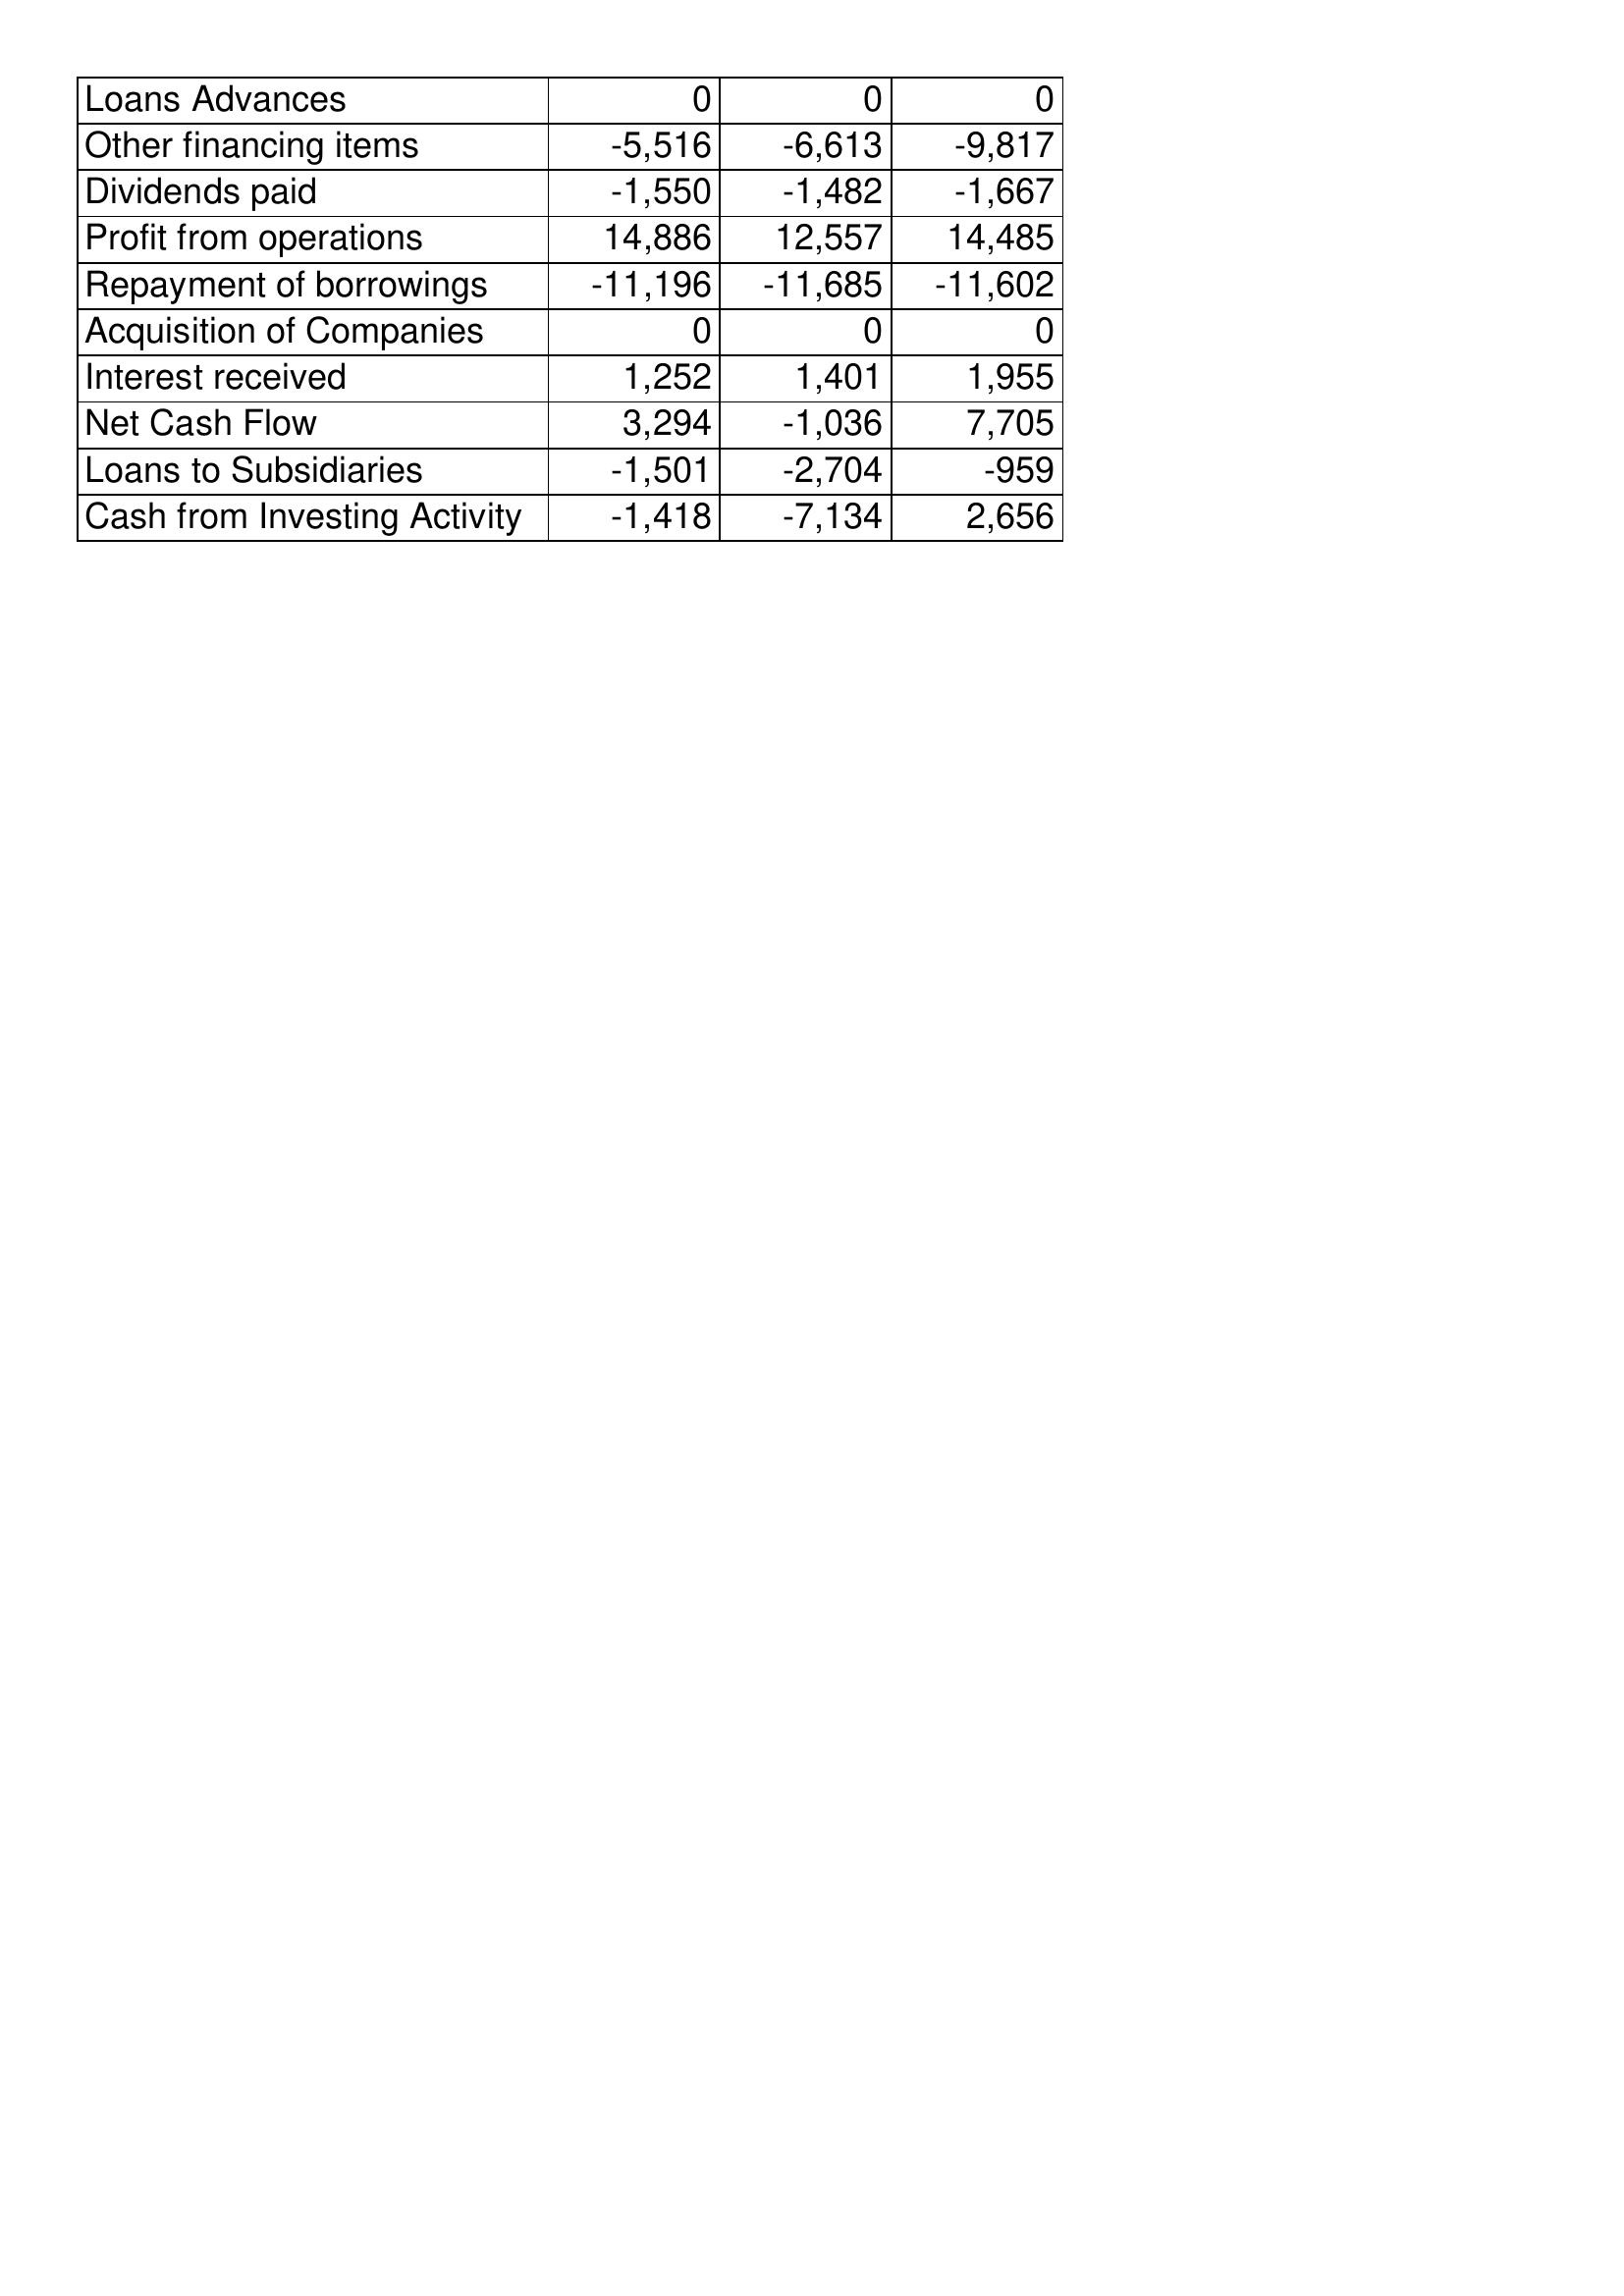
Nov-15: Cash Flows: Loans Advances: 0
Other financing items: -5,516
Dividends paid: -1,550
Profit from operations: 14,886
Repayment of borrowings: -11,196
Acquisition of Companies: 0
Interest received: 1,252
Net Cash Flow: 3,294
Loans to Subsidiaries: -1,501
Cash from Investing Activity: -1,418
Nov-16: Cash Flows: Loans Advances: 0
Other financing items: -6,613
Dividends paid: -1,482
Profit from operations: 12,557
Repayment of borrowings: -11,685
Acquisition of Companies: 0
Interest received: 1,401
Net Cash Flow: -1,036
Loans to Subsidiaries: -2,704
Cash from Investing Activity: -7,134
Nov-17: Cash Flows: Loans Advances: 0
Other financing items: -9,817
Dividends paid: -1,667
Profit from operations: 14,485
Repayment of borrowings: -11,602
Acquisition of Companies: 0
Interest received: 1,955
Net Cash Flow: 7,705
Loans to Subsidiaries: -959
Cash from Investing Activity: 2,656